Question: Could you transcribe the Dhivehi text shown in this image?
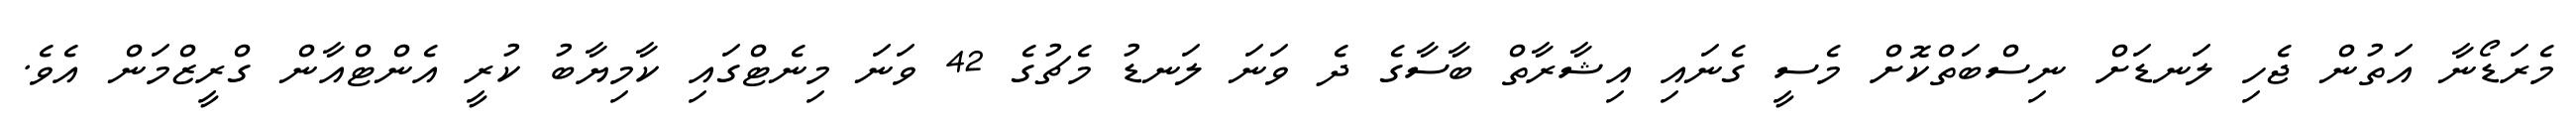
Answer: މެރަޑޯނާ އަތުން ޖެހި ލަނޑަށް ނިސްބަތްކޮށް މެސީ ގެނައި އިޝާރާތް ބާސާގެ ދެ ވަނަ ލަނޑު މެޗުގެ 42 ވަނަ މިނެޓްގައި ކާމިޔާބު ކުރީ އެންޓްއާން ގްރީޒްމަން އެވެ.